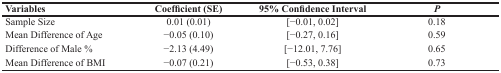
<table><thead><tr><td><b>Variables</b></td><td><b>Coefficient (SE)</b></td><td><b>95% Confidence Interval</b></td><td><b><i>P</i></b></td></tr></thead><tbody><tr><td>Sample Size</td><td>0.01 (0.01)</td><td>[−0.01, 0.02]</td><td>0.18</td></tr><tr><td>Mean Difference of Age</td><td>−0.05 (0.10)</td><td>[−0.27, 0.16]</td><td>0.59</td></tr><tr><td>Difference of Male %</td><td>−2.13 (4.49)</td><td>[−12.01, 7.76]</td><td>0.65</td></tr><tr><td>Mean Difference of BMI</td><td>−0.07 (0.21)</td><td>[−0.53, 0.38]</td><td>0.73</td></tr></tbody></table>